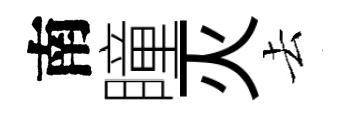
南瞳灭去